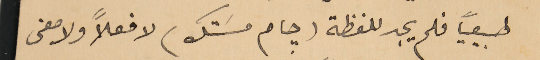
طبيعيًا فلم يجد للفظة (جام مسَتك) لا فعلاً ولا معنى